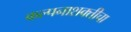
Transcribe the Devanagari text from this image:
कल्पनाशक्तीचा